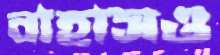
বাহাসও